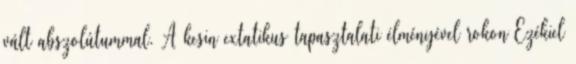
vált abszolútummal. A kesin extatikus tapasztalati élményével rokon Ezékiel